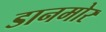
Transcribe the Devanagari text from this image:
डानमोर